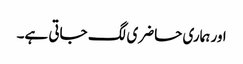
اور ہماری حاضری لگ جاتی ہے۔